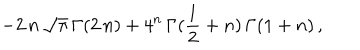
- 2 \, n \, { \sqrt { \pi } } \, { \Gamma } ( 2 \, n ) + { 4 ^ { n } } \, { \Gamma } ( { \frac { 1 } { 2 } } + n ) \, { \Gamma } ( 1 + n ) \, ,